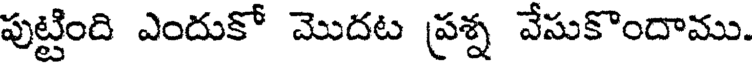
పుట్టింది ఎందుకో మొదట ప్రశ్న వేసుకొందాము.